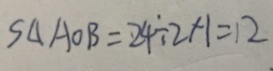
S _ { \Delta } A O B = 2 4 \div 2 \times 1 = 1 2